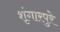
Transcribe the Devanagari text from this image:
शृंगारपुरे